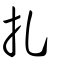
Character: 扎